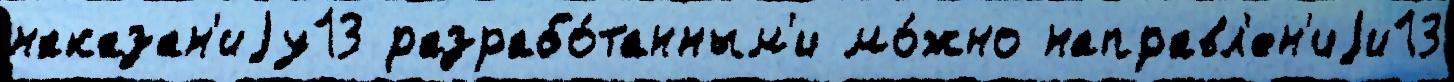
наказан'иjу13 разрабо́танным'и мо́жно направл'ен'иjи13